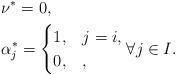
LaTeX: \begin{align*}& \nu^*=0, \\& \alpha^*_j = \begin{cases}1, & j=i, \\0, & , \\\end{cases} \forall j\in I.\end{align*}